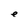
Character: e